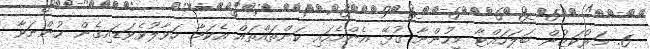
6. މަރުކަޒުން ބަލަހައްޓާ މީހުންނާ ގުޅޭ އެންމެހައި ކަންތައްތައް އެކަމާ ހަވާލުވެވަޑައިގެން ހުންނަވާ